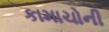
કામાચોની